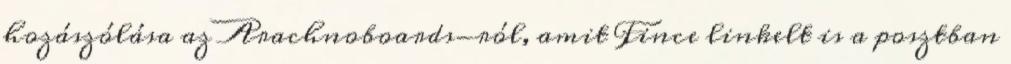
hozászólása az Arachnoboards-ról, amit Fince linkelt is a posztban